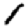
Digit: 1